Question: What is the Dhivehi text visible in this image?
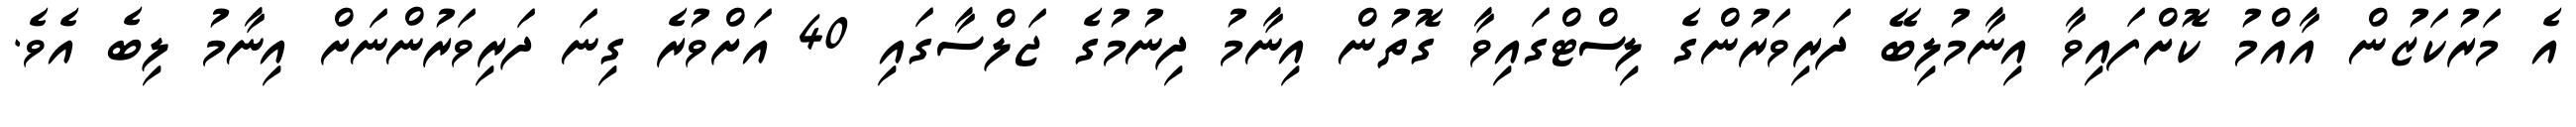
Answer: އެ މަރުކަޒުން އާއްމު ކޮށްފައިވާ އިނާމުލިބޭ ދަރިވަރުންގެ ލިސްޓްގައިވާ ގޮތުން އިނާމު ދިނުމުގެ ޖަލްސާގައި 40 އަށްވުރެ ގިނަ ދަރިވަރުންނަށް އިނާމު ލިބެ އެވެ.